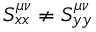
S _ { x x } ^ { \mu \nu } \neq S _ { y y } ^ { \mu \nu }